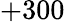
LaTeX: +300